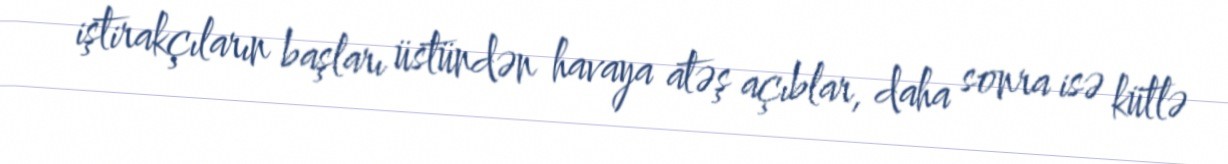
iştirakçıların başları üstündən havaya atəş açıblar, daha sonra isə kütlə